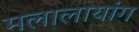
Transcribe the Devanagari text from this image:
मलालायांग